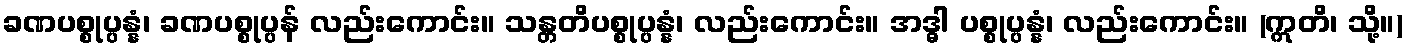
ခဏပစ္စုပ္ပန္နံ၊ ခဏပစ္စုပ္ပန် လည်းကောင်း။ သန္တတိပစ္စုပ္ပန္နံ၊ လည်းကောင်း။ အဒ္ဓါ ပစ္စုပ္ပန္နံ၊ လည်းကောင်း။ (ဣတိ၊ သို့။)